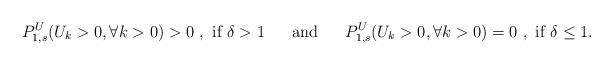
LaTeX: \begin{align*}P_{1,s}^U(U_k > 0, \forall k > 0) > 0~, \mbox{ if } \delta > 1 ~~~~\mbox{ and }~~~~P_{1,s}^U(U_k > 0, \forall k > 0) = 0~, \mbox{ if } \delta \leq 1.\end{align*}